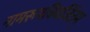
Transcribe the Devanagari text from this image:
नामरूपविवर्जितम्